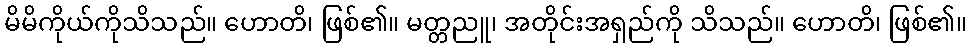
မိမိကိုယ်ကိုသိသည်။ ဟောတိ၊ ဖြစ်၏။ မတ္တညူ၊ အတိုင်းအရှည်ကို သိသည်။ ဟောတိ၊ ဖြစ်၏။